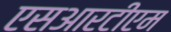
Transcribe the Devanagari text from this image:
एसआरटीएम